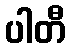
ပါတီ